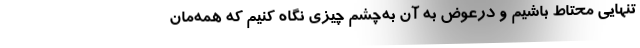
تنهایی محتاط باشیم و درعوض به آن به‌چشم چیزی نگاه کنیم که همه‌مان